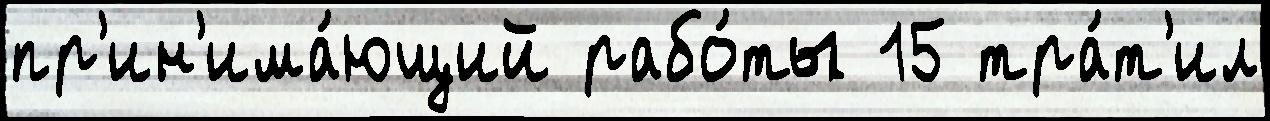
пр'ин'има́ющий рабо́ты 15 тра́т'ил